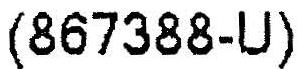
(867388-U)